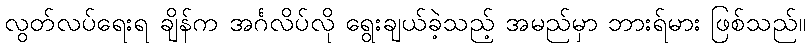
လွတ်လပ်ရေးရ ချိန်က အင်္ဂလိပ်လို ရွေးချယ်ခဲ့သည့် အမည်မှာ ဘားရ်မား ဖြစ်သည်။